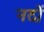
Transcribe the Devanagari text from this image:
नदों